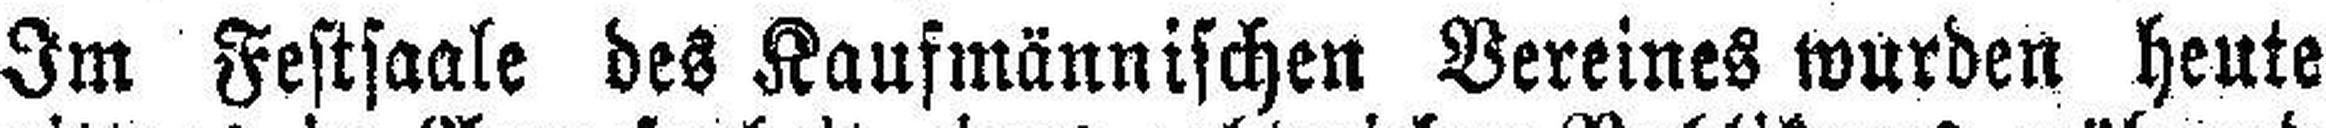
Im Festsaale des Kaufmännischen Vereines wurden heute